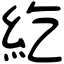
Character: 紇